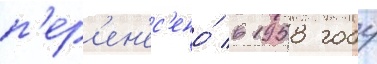
п'ер'ен'ес'ено́ в 1958 году